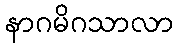
နာဂမိဂသာလာ